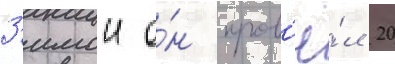
З'имои о́н пров'ё́л 20